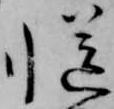
慥